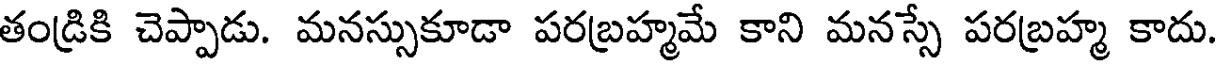
తండ్రికి చెప్పాడు. మనస్సుకూడా పరబ్రహ్మమే కాని మనస్సే పరబ్రహ్మ కాదు.